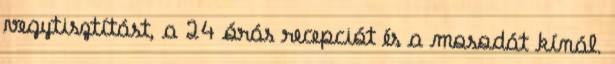
vegytisztítást, a 24 órás recepciót és a mosodát kínál.